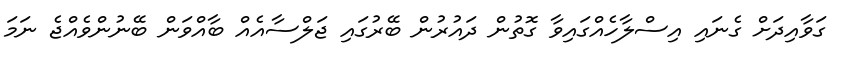
ގަވާއިދަށް ގެނައި އިސްލާހެއްގައިވާ ގޮތުން ދައުރުން ބޭރުގައި ޖަލްސާއެއް ބާއްވަން ބޭނުންވެއްޖެ ނަމަ